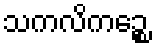
သကလိကဉ္စေ